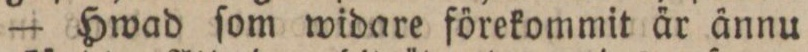
— Hwad ſom widare förekommit är ännu